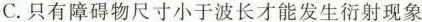
C.只有障碍物尺寸小于波长才能发生衍射现象